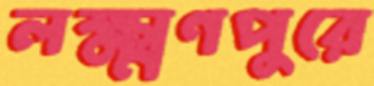
লক্ষ্মণপুরে